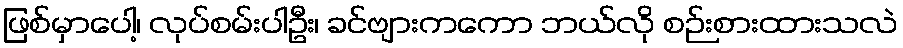
ဖြစ်မှာပေါ့၊ လုပ်စမ်းပါဦး၊ ခင်ဗျားကကော ဘယ်လို စဉ်းစားထားသလဲ